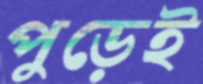
পুড়েই